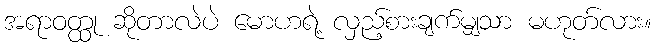
အရာဝတ္ထု ဆိုတာလဲပဲ မောဟရဲ့ လှည့်စားချက်မျှသာ မဟုတ်လား။